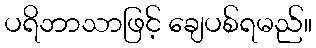
ပရိဘာသာဖြင့် ချေပစ်ရမည်။